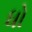
ધો